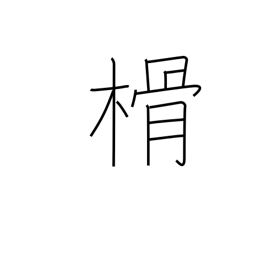
Meaning: chip (of wood)